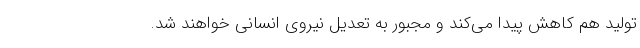
تولید هم کاهش پیدا می‌کند و مجبور به تعدیل نیروی انسانی خواهند شد.